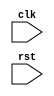
module i2c_timing_control(
    input wire clk,
    input wire rst,
    // add additional input/output ports as needed
);

// Clock generation module
// Your Verilog code for clock generation goes here

// Data sampling and synchronization module
// Your Verilog code for data sampling and synchronization goes here

// Arbitration and timing control module
// Your Verilog code for arbitration and timing control goes here

endmodule